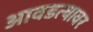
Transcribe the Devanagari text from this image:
आवडत्यावर